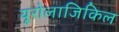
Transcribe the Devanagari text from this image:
यूरोलाजिकिल